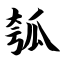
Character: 瓠